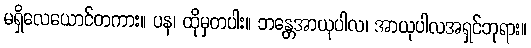
မရှိလေယောင်တကား။ ပန၊ ထိုမှတပါး။ ဘန္တေအာယုပါလ၊ အာယုပါလအရှင်ဘုရား။